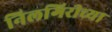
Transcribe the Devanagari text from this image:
निलगिरीच्या